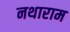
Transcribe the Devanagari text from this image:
नथाराम